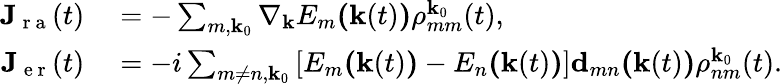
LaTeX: \begin{array}{rl}{\textbf{J}_{\mathrm{~r~a~}}(t)}&{{}=-\sum_{m,\textbf{k}_{0}}\nabla_{\textbf{k}}E_{m}\textbf{(}\textbf{k}(t)\textbf{)}\rho_{mm}^{\textbf{k}_{0}}(t),}\\ {\textbf{J}_{\mathrm{~e~r~}}(t)}&{{}=-i\sum_{m\neq n,\textbf{k}_{0}}\left[E_{m}\textbf{(}\textbf{k}(t)\textbf{)}-E_{n}\textbf{(}\textbf{k}(t)\textbf{)}\right]\textbf{d}_{mn}\textbf{(}\textbf{k}(t)\textbf{)}\rho_{nm}^{\textbf{k}_{0}}(t).}\end{array}